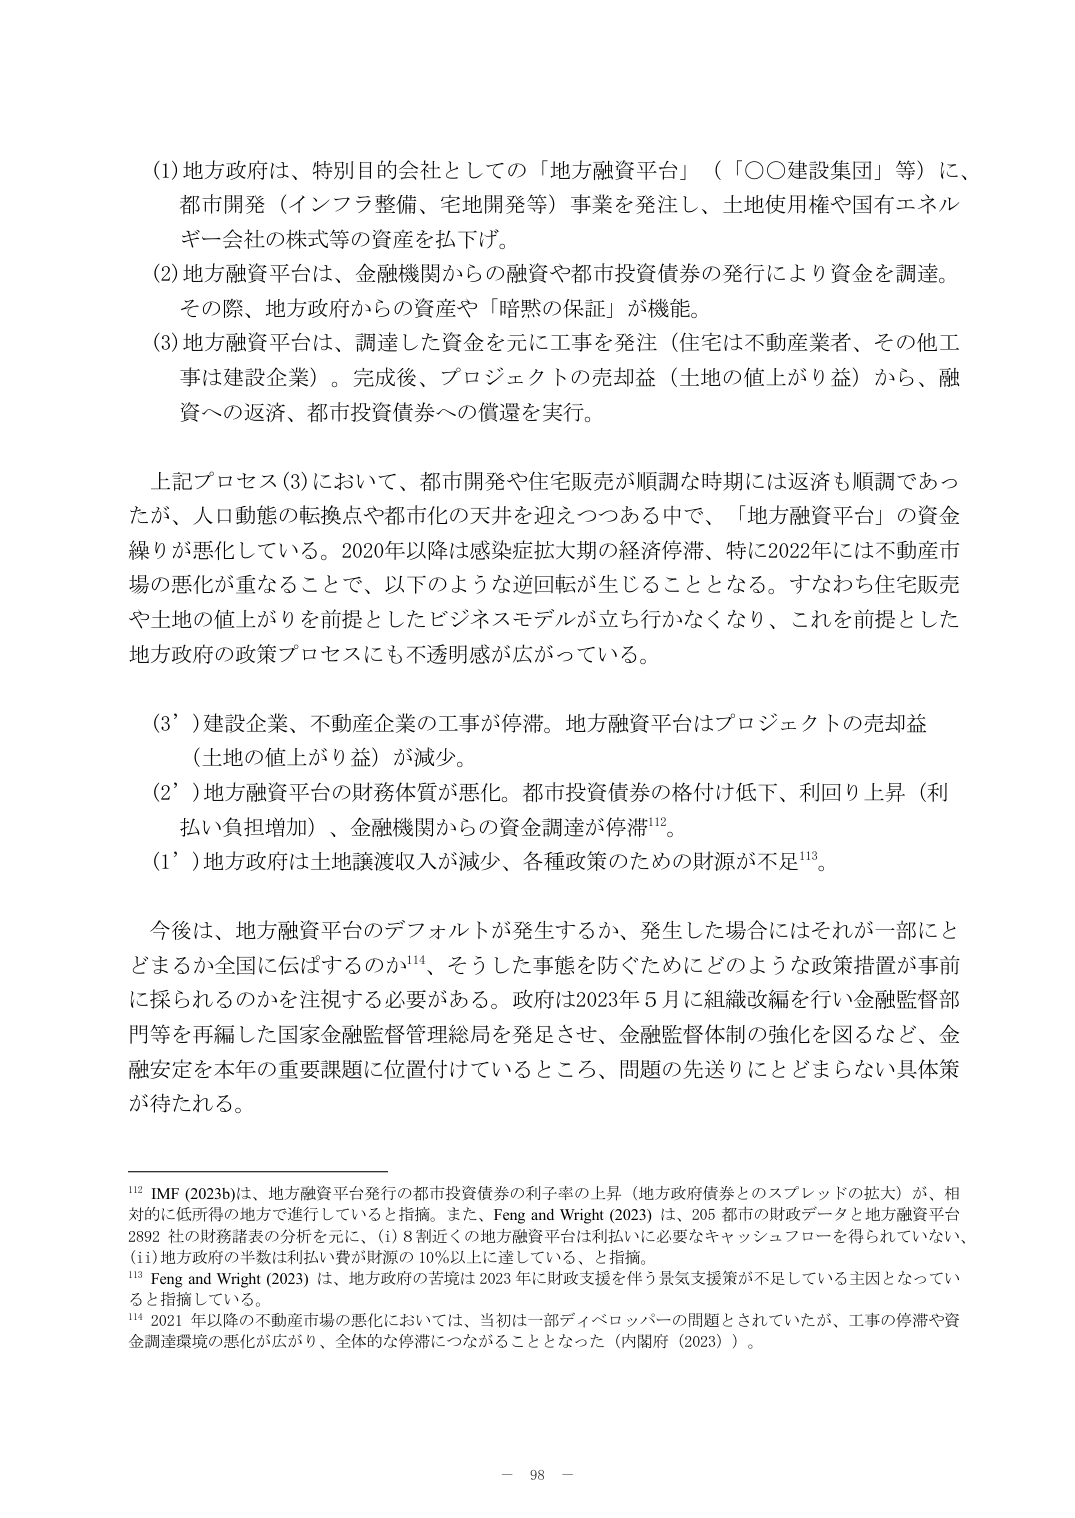
(1) 地方政府は、特別目的会社としての「地方融資平台」（「○○建設集団」等）に、都市開発（インフラ整備、宅地開発等）事業を発注し、土地使用権や国有エネルギー会社の株式等の資産を払下げ。

(2) 地方融資平台は、金融機関からの融資や都市投資債券の発行により資金を調達。その際、地方政府からの資産や「暗黙の保証」が機能。

(3) 地方融資平台は、調達した資金を元に工事を発注（住宅は不動産業者、その他工事は建設企業）。完成後、プロジェクトの売却益（土地の値上がり益）から、融資への返済、都市投資債券への償還を実行。

上記プロセス(3)において、都市開発や住宅販売が順調な時期には返済も順調であったが、人口動態の転換点や都市化の天井を迎えつつある中で、「地方融資平台」の資金繰りが悪化している。2020年以降は感染症拡大期の経済停滞、特に2022年には不動産市場の悪化が重なることで、以下のような逆回転が生じることとなる。すなわち住宅販売や土地の値上がりを前提としたビジネスモデルが立ち行かなくなり、これを前提とした地方政府の政策プロセスにも不透明感が広がっている。

(3′) 建設企業、不動産企業の工事が停滞。地方融資平台はプロジェクトの売却益（土地の値上がり益）が減少。

(2′) 地方融資平台の財務体質が悪化。都市投資債券の格付け低下、利回り上昇（利払い負担増加）、金融機関からの資金調達が停滞¹¹²。

(1′) 地方政府は土地譲渡収入が減少、各種政策のための財源が不足¹¹³。

今後は、地方融資平台のデフォルトが発生するか、発生した場合にはそれが一部にとどまるか全国に伝ばするのか¹¹⁴、そうした事態を防ぐためにどのような政策措置が事前に採られるのかを注視する必要がある。政府は2023年5月に組織改編を行い金融監督部門等を再編した国家金融監督管理総局を発足させ、金融監督体制の強化を図るなど、金融安定を本年の重要課題に位置付けているところ、問題の先送りにとどまらない具体策が待たれる。

¹¹² IMF (2023b)は、地方融資平台発行の都市投資債券の利子率の上昇（地方政府債券とのスプレッドの拡大）が、相対的に低所得の地方で進行していると指摘。また、Feng and Wright (2023) は、205 都市の財政データと地方融資平台 2892 社の財務諸表の分析を元に、(i) 8割近くの地方融資平台は利払いに必要なキャッシュフローを得られていない、(ii) 地方政府の半数は利払い費が財源の10％以上に達している、と指摘。

¹¹³ Feng and Wright (2023) は、地方政府の苦境は2023年に財政支援を伴う景気支援策が不足している主因となっていると指摘している。

¹¹⁴ 2021年以降の不動産市場の悪化においては、当初は一部ディベロッパーの問題とされていたが、工事の停滞や資金調達環境の悪化が広がり、全体的な停滞につながることとなった（内閣府（2023））。

－ 98 －